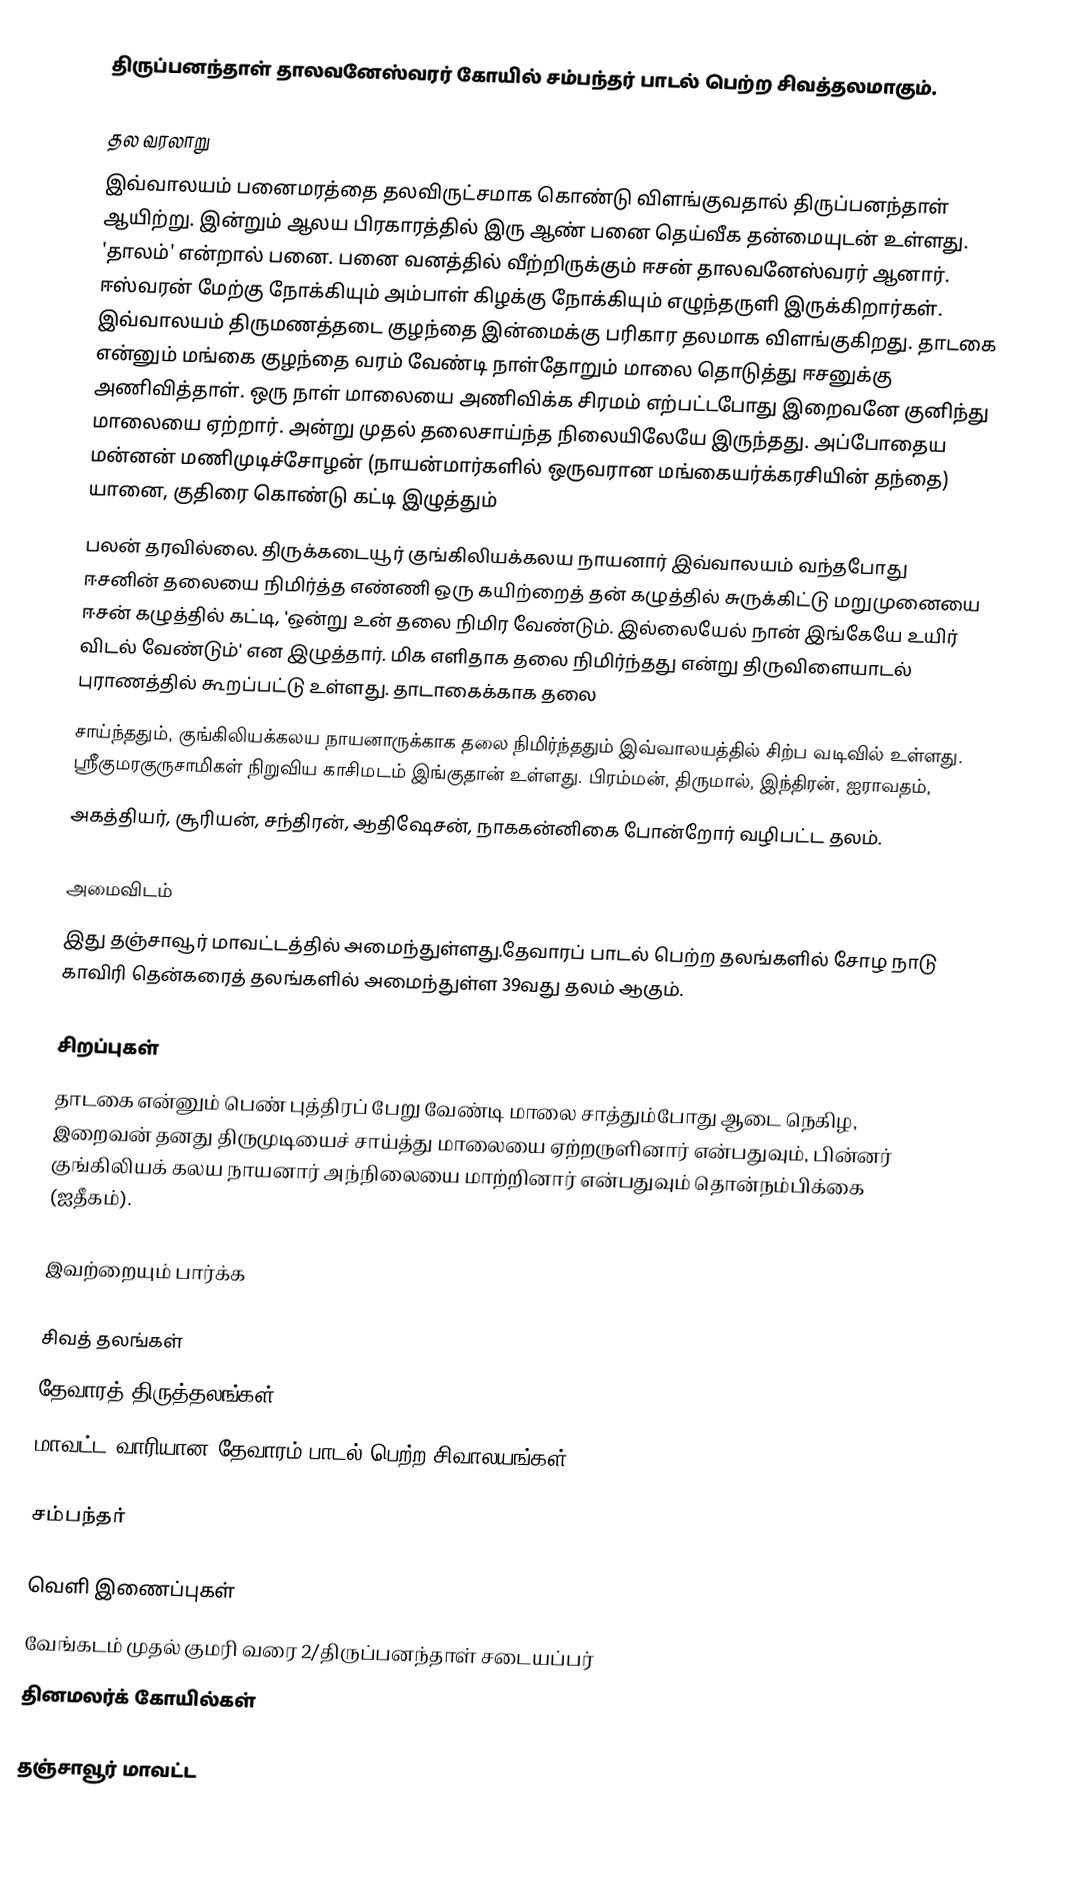
திருப்பனந்தாள் தாலவனேஸ்வரர் கோயில் சம்பந்தர் பாடல் பெற்ற சிவத்தலமாகும்.

தல வரலாறு
இவ்வாலயம் பனைமரத்தை தலவிருட்சமாக கொண்டு விளங்குவதால் திருப்பனந்தாள் ஆயிற்று. இன்றும் ஆலய பிரகாரத்தில் இரு ஆண் பனை தெய்வீக தன்மையுடன் உள்ளது. 'தாலம்' என்றால் பனை. பனை வனத்தில் வீற்றிருக்கும் ஈசன் தாலவனேஸ்வரர் ஆனார். ஈஸ்வரன் மேற்கு நோக்கியும் அம்பாள் கிழக்கு நோக்கியும் எழுந்தருளி இருக்கிறார்கள். இவ்வாலயம் திருமணத்தடை குழந்தை இன்மைக்கு பரிகார தலமாக விளங்குகிறது. தாடகை என்னும் மங்கை குழந்தை வரம் வேண்டி நாள்தோறும் மாலை தொடுத்து ஈசனுக்கு அணிவித்தாள். ஒரு நாள் மாலையை அணிவிக்க சிரமம் எற்பட்டபோது இறைவனே குனிந்து மாலையை ஏற்றார். அன்று முதல் தலைசாய்ந்த நிலையிலேயே இருந்தது. அப்போதைய மன்னன் மணிமுடிச்சோழன் (நாயன்மார்களில் ஒருவரான மங்கையர்க்கரசியின் தந்தை) யானை, குதிரை கொண்டு கட்டி இழுத்தும்
பலன் தரவில்லை. திருக்கடையூர் குங்கிலியக்கலய நாயனார் இவ்வாலயம் வந்தபோது ஈசனின் தலையை நிமிர்த்த எண்ணி ஒரு கயிற்றைத் தன் கழுத்தில் சுருக்கிட்டு மறுமுனையை ஈசன் கழுத்தில் கட்டி, 'ஒன்று உன் தலை நிமிர வேண்டும். இல்லையேல் நான் இங்கேயே உயிர் விடல் வேண்டும்' என இழுத்தார். மிக எளிதாக தலை நிமிர்ந்தது என்று திருவிளையாடல் புராணத்தில்  கூறப்பட்டு உள்ளது. தாடாகைக்காக தலை
சாய்ந்ததும், குங்கிலியக்கலய நாயனாருக்காக தலை நிமிர்ந்ததும் இவ்வாலயத்தில் சிற்ப வடிவில் உள்ளது. ஸ்ரீகுமரகுருசாமிகள் நிறுவிய காசிமடம் இங்குதான் உள்ளது. பிரம்மன், திருமால், இந்திரன், ஐராவதம்,
அகத்தியர், சூரியன், சந்திரன், ஆதிஷேசன், நாககன்னிகை போன்றோர் வழிபட்ட தலம்.

அமைவிடம்
இது தஞ்சாவூர் மாவட்டத்தில்   அமைந்துள்ளது.தேவாரப் பாடல் பெற்ற தலங்களில்  சோழ நாடு காவிரி தென்கரைத் தலங்களில் அமைந்துள்ள 39வது தலம் ஆகும்.

சிறப்புகள்
தாடகை என்னும் பெண் புத்திரப் பேறு வேண்டி மாலை சாத்தும்போது ஆடை நெகிழ, இறைவன் தனது திருமுடியைச் சாய்த்து மாலையை ஏற்றருளினார் என்பதுவும், பின்னர் குங்கிலியக் கலய நாயனார் அந்நிலையை மாற்றினார் என்பதுவும் தொன்நம்பிக்கை (ஐதீகம்).

இவற்றையும் பார்க்க

 சிவத் தலங்கள்
 தேவாரத் திருத்தலங்கள்
 மாவட்ட வாரியான தேவாரம் பாடல் பெற்ற சிவாலயங்கள்

 சம்பந்தர்

வெளி இணைப்புகள்
வேங்கடம் முதல் குமரி வரை 2/திருப்பனந்தாள் சடையப்பர்
தினமலர்க் கோயில்கள்

தஞ்சாவூர் மாவட்ட